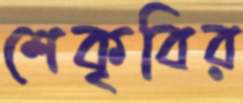
শেকৃবির